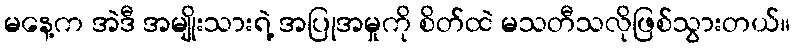
မနေ့က အဲဒီ အမျိုးသားရဲ့ အပြုအမှုကို စိတ်ထဲ မသတီသလိုဖြစ်သွားတယ်။